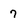
Character: 7